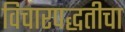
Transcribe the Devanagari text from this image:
विचारपद्धतीचा